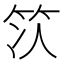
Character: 𫁴